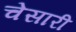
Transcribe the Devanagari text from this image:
चेसारी